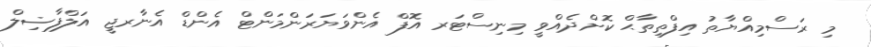
މި ރަސްމިއްޔާތު އިފްތިތާޙް ކޮށްދެއްވީ މިނިސްޓަރ އޮފް އެންވަޔަރަންމަންޓް އެންޑް އެނާރޖީ އަލްފާޟިލް